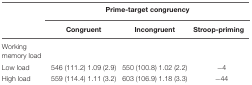
|  | <COLSPAN=3> Prime-target congruency |
 |  | Congruent | Incongruent | Stroop-priming |
 | --- | --- | --- | --- |
 | Working memory load |  |  |
 | Low load | 546 (111.2) 1.09 (2.9) | 550 (100.8) 1.02 (2.2) | −4 |
 | High load | 559 (114.4) 1.11 (3.2) | 603 (106.9) 1.18 (3.3) | −44 |